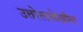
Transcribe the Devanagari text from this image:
उत्तरेलादेखील